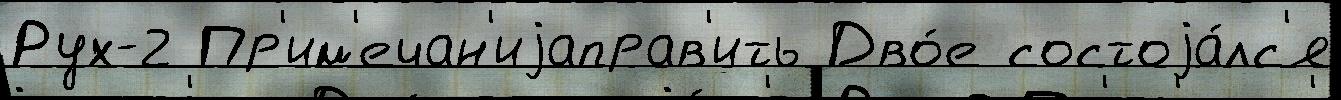
Рух-2 Пр'им'ечан'иjаправ'ить Дво́е состоjа́лс'я